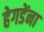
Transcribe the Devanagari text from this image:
हेगडेंना